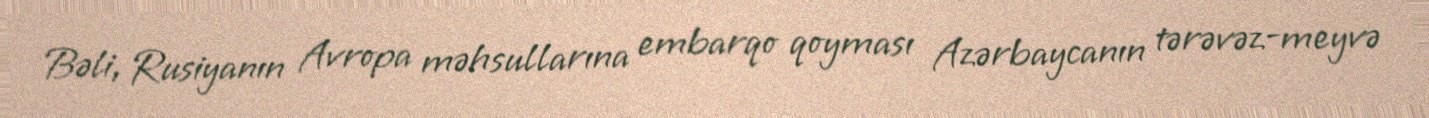
Bəli, Rusiyanın Avropa məhsullarına embarqo qoyması Azərbaycanın tərəvəz-meyvə